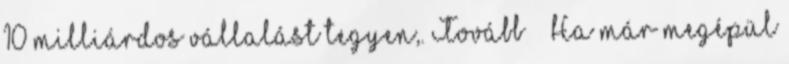
10 milliárdos vállalást tegyen,. Tovább › ›Ha már megépül